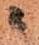
ニ